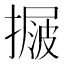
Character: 𢳲